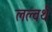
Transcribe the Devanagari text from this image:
लल्वर्थ